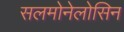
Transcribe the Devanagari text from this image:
सलमोनेलोसिन